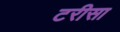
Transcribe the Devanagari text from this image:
टरीसा